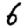
Digit: 6